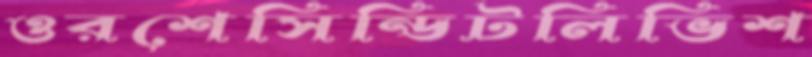
ওরশেসিন্ডিটলিভিশ